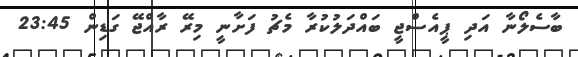
ބާސެލޯނާ އަދި ޕީއެސްޖީ ބައްދަލުކުރާ މެޗު ފަށާނީ މިރޭ ރާއްޖޭ ގަޑިން 23:45